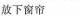
放下窗帘